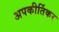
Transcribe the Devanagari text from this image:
अपकीर्तिकर